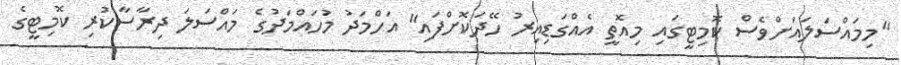
"މިމައްސަަލައަށްވެސް ކޮމިޓީގައި މިއޮތީ އެއްގަޑިއިރު ހޭދަކޮށްފައި" އަހްމަދު މުހައްމަދުގެ މައްސަލަ ދިރާސާކުރި ކޮމިޓީގެ